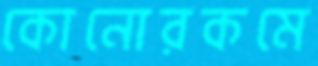
কোনোরকমে